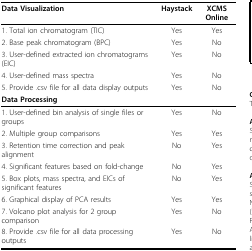
| Data Visualization | Haystack | XCMS Online |
 | --- | --- | --- |
 | 1. Total ion chromatogram (TIC) | Yes | Yes |
 | 2. Base peak chromatogram (BPC) | Yes | No |
 | 3. User-defined extracted ion chromatograms (EIC) | Yes | No |
 | 4. User-defined mass spectra | Yes | No |
 | 5. Provide .csv file for all data display outputs | Yes | No |
 | Data Processing |  |  |
 | 1. User-defined bin analysis of single files or groups | Yes | No |
 | 2. Multiple group comparisons | Yes | Yes |
 | 3. Retention time correction and peak alignment | No | Yes |
 | 4. Significant features based on fold-change | No | Yes |
 | 5. Box plots, mass spectra, and EICs of significant features | No | Yes |
 | 6. Graphical display of PCA results | Yes | Yes |
 | 7. Volcano plot analysis for 2 group comparison | Yes | No |
 | 8. Provide .csv file for all data processing outputs | Yes | No |